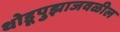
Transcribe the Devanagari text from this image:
थोडूपुझाजवळील